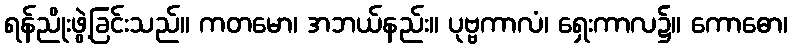
ရန်ညိုးဖွဲ့ခြင်းသည်။ ကတမော၊ အဘယ်နည်း။ ပုဗ္ဗကာလံ၊ ရှေးကာလ၌။ ကောဓော၊